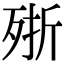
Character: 𣨋